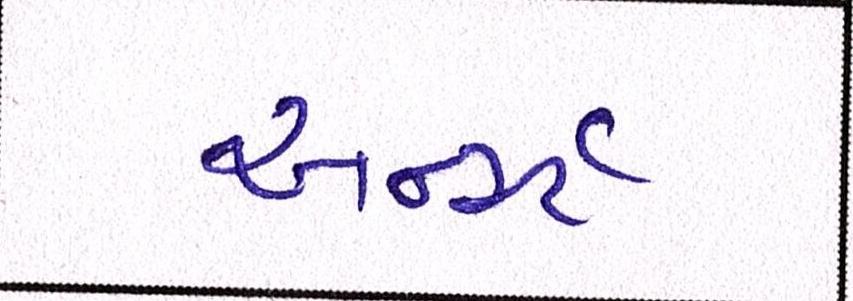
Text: અર્ન્સ્ટ